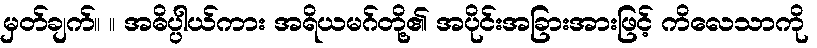
မှတ်ချက်။ ။ အဓိပ္ပါယ်ကား အရိယမဂ်တို့၏ အပိုင်းအခြားအားဖြင့် ကိလေသာကို